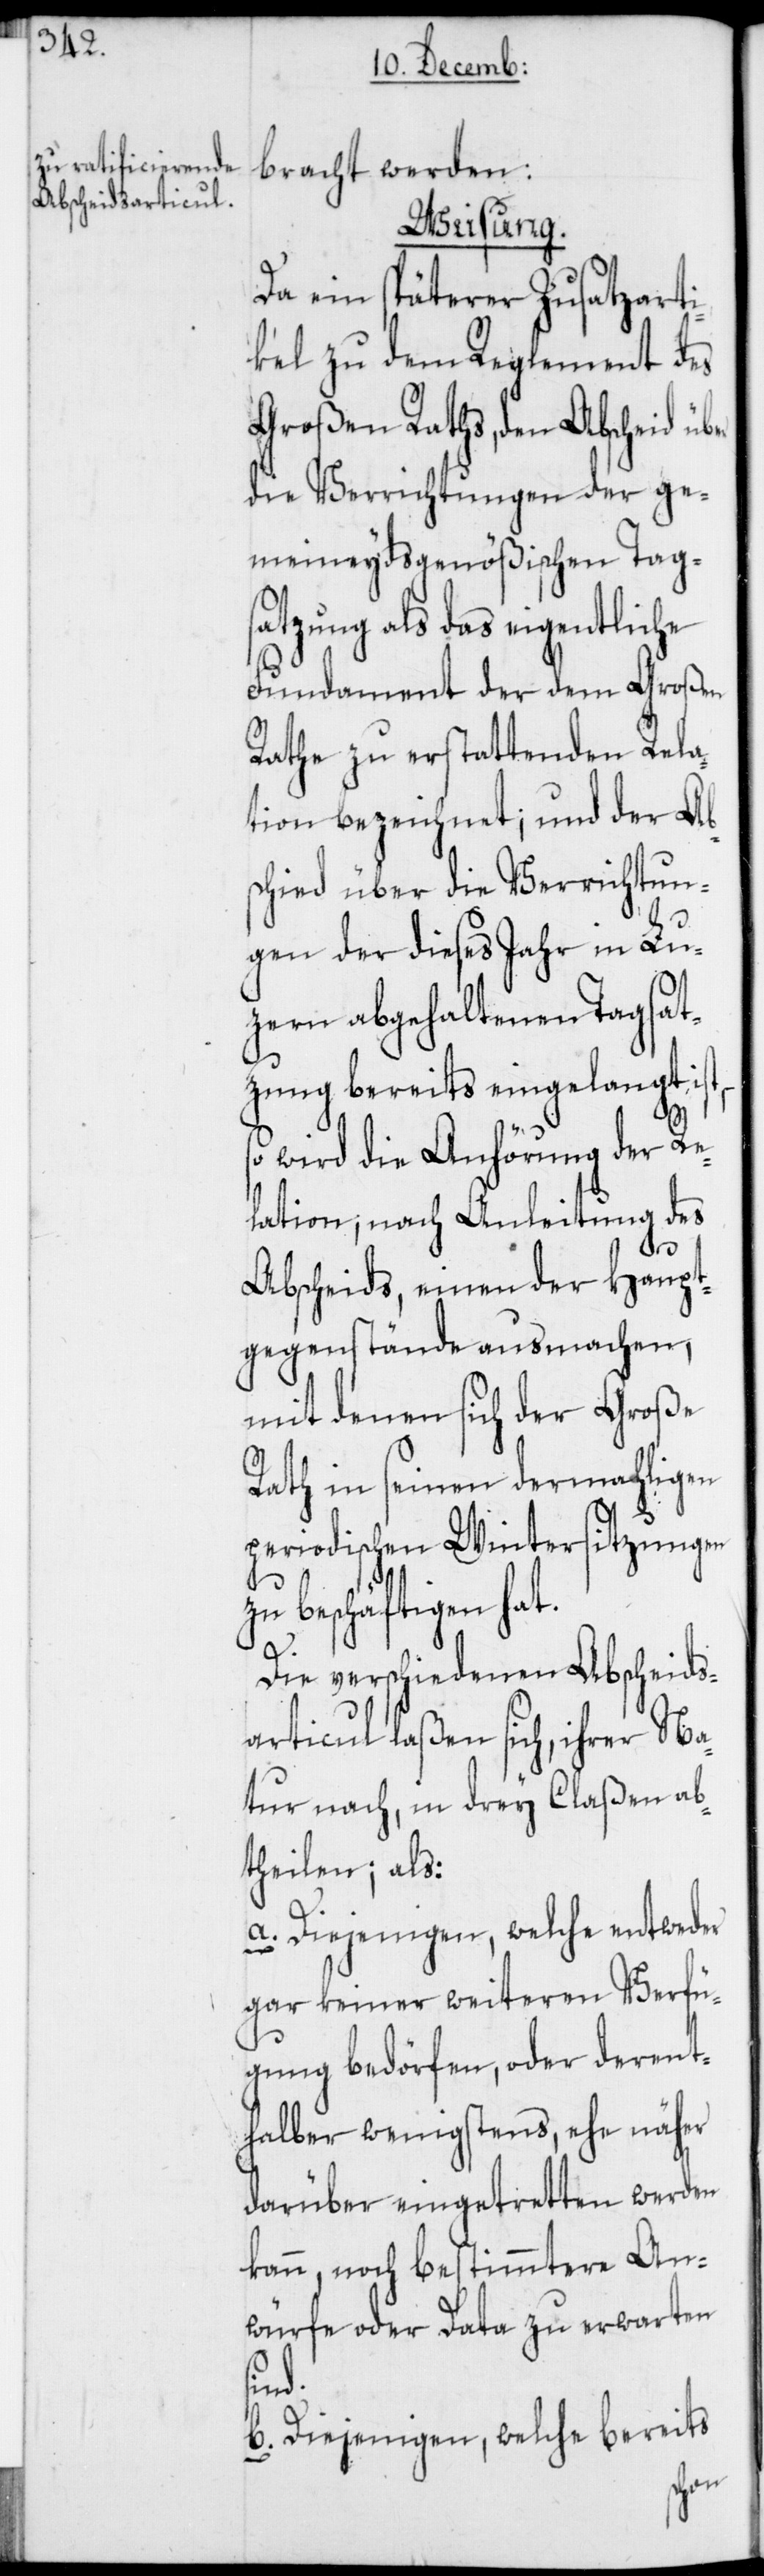
bracht werden:
Weisung.
Da ein späterer Zusatzarti¬
kel zu dem Reglement des
Großen Raths, den Abscheid
die Verrichtungen der ge¬
meineydsgenößischen Tag¬
satzung als das eigentliche
Fundament der dem Großen
Rathe zu erstattenden Rela¬
tion bezeichnet; und der Abs¬
chied über die Verrichtun¬
gen der dieses Jahr in Lu¬
zern abgehaltenen Tagsat¬
zung bereits eingelangt ist,
so wird die Anhörung der Re¬
lation, nach Anleitung des
Abscheids, einen der Haupt¬
gegenstände ausmachen,
mit denen sich der Große
Rath in seinen dermahligen
periodischen Wintersitzungen
zu beschäftigen hat.
Die verschiedenen Abscheids¬
articul laßen sich, ihrer Na¬
tur nach, in drey Claßen ab¬
theilen; als:
a. Diejenigen, welche entweder
gar keiner weiteren Verfü¬
gung bedörfen, oder derent¬
halber wenigstens, ehe näher
darüber eingetretten werden
kann, noch bestimmtere An¬
würfe oder Data zu erwarten
sind.
b. Diejenigen, welche bereits